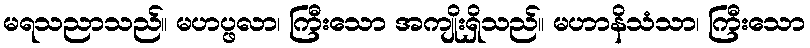
မရသညာသည်။ မဟပ္ဖလာ၊ ကြီးသော အကျိုးရှိသည်။ မဟာနိသံသာ၊ ကြီးသော